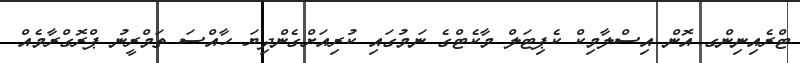
ޓްރެއިނިންގ އޮން އިސްލާމިކް ކެޕިޓަލް މާކެޓްގެ ނަމުގައި ކުރިއަށްގެންދިޔަ ހާއްސަ ތަމްރީނު ޕްރޮގްރާމެއް